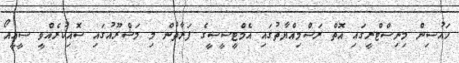
ހައުސިން މިނިސްޓްރީގައި އޮތް ރަސްމިއްޔާތުގައި އެމްޓީސީސީގެ ފަރާތުން މި މަޝްރޫއުގައި ސޮއިކުރެއްވީ ސީއީއޯ